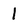
Character: 1